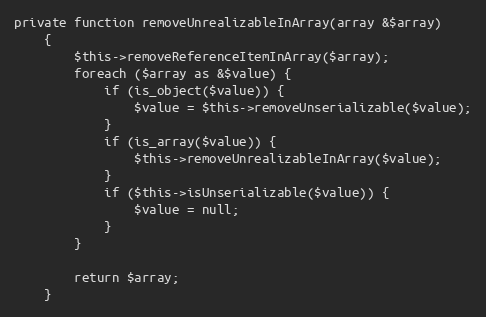
Language: PHP
private function removeUnrealizableInArray(array &$array)
    {
        $this->removeReferenceItemInArray($array);
        foreach ($array as &$value) {
            if (is_object($value)) {
                $value = $this->removeUnserializable($value);
            }
            if (is_array($value)) {
                $this->removeUnrealizableInArray($value);
            }
            if ($this->isUnserializable($value)) {
                $value = null;
            }
        }

        return $array;
    }